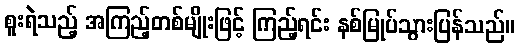
စူးရဲသည့် အကြည့်တစ်မျိုးဖြင့် ကြည့်ရင်း နစ်မြုပ်သွားပြန်သည်။